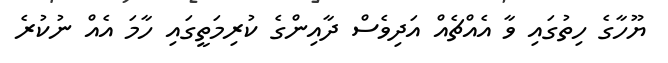
ޔޫހާގެ ހިތުގައި ވާ އެއްޗެއް އަދިވެސް ދާއިންގެ ކުރިމަތީގައި ހާމަ އެއް ނުކުރެ